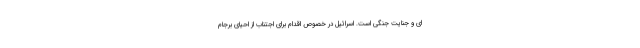
ای و جنایت جنگی است. اسرائیل در خصوص اقدام برای اجتناب از احیای برجام